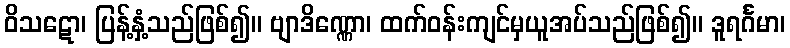
ဝိသဋော၊ ပြန့်နှံ့သည်ဖြစ်၍။ ဗျာဒိဏ္ဏော၊ ထက်ဝန်းကျင်မှယူအပ်သည်ဖြစ်၍။ ဒူရင်္ဂမာ၊